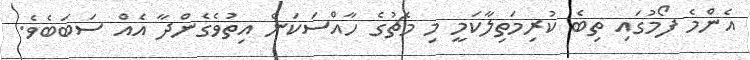
އެންމެ ފޯމުގައި ތިބެ ކުރިމަތިލާކަމީ މި މެޗުގެ ހާއްސަކަން އިތުވެގެންދާ އެއް ސަބަބެވެ.